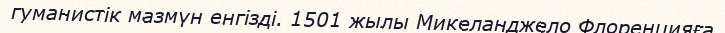
гуманистік мазмүн енгізді. 1501 жылы Микеланджело Флоренцияға